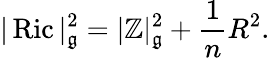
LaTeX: |\operatorname{Ric}|_{\mathfrak{g}}^{2}=|\mathbb{Z}|_{\mathfrak{g}}^{2}+{\frac{{1}}{{n}}}R^{2}.